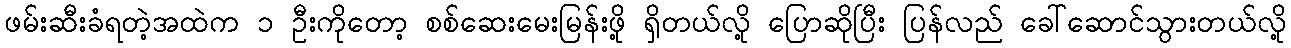
ဖမ်းဆီးခံရတဲ့အထဲက ၁ ဦးကိုတော့ စစ်ဆေးမေးမြန်းဖို့ ရှိတယ်လို့ ပြောဆိုပြီး ပြန်လည် ခေါ်ဆောင်သွားတယ်လို့